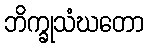
ဘိက္ခုသံဃတော